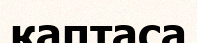
қаптаса